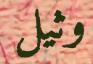
وثيل